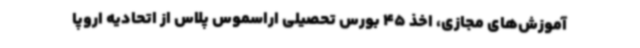
آموزش‌های مجازی، اخذ 45 بورس تحصیلی اراسموس پلاس از اتحادیه اروپا